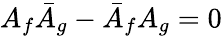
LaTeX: A_{f}\bar{A}_{g}-\bar{A}_{f}A_{g}=0